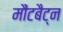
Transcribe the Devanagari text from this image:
मौंटबैट्न